Report on sanitation, dispensaries, and jails in Rajputana for 1919, and on vaccination for the year 1919-1920 - 1919-1920
Year: 1919
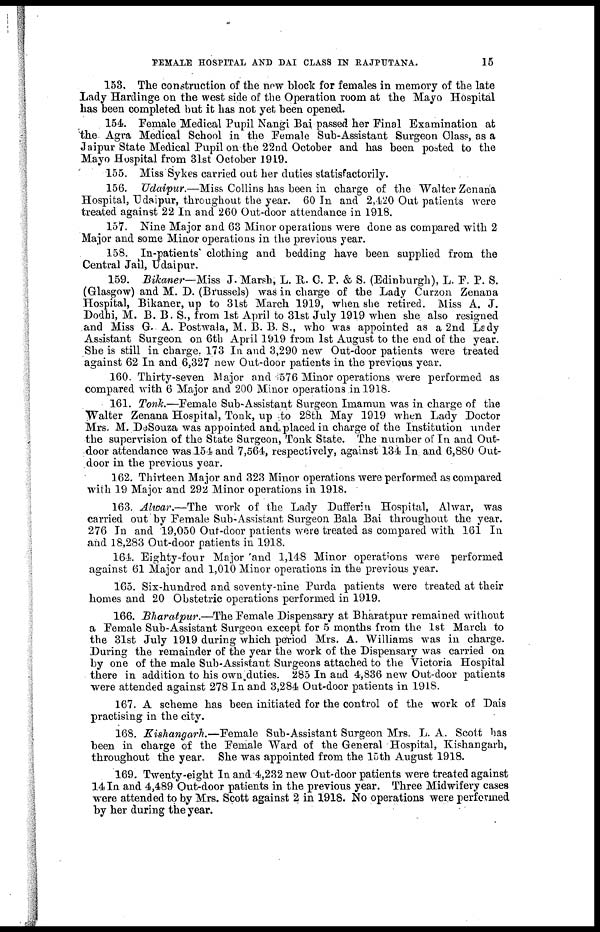
FEMALE HOSPITAL AND DAI CLASS IN RAJPUTANA.
15
153. The construction of the new block for females in memory of the late
Lady Hardinge on the west side of the Operation room at the Mayo Hospital
has been completed but it has not yet been opened.
154. Female Medical Pupil Nangi Bai passed her Final Examination at
the Agra Medical School in the Female Sub-Assistant Surgeon Class, as a
Jaipur State Medical Pupil on the 22nd October and has been posted to the
Mayo Hospital from 31st October 1919.
155. Miss Sykes carried out her duties statisfactorily.
156. Udaipur.—Miss Collins has been in charge of the Walter Zenana
Hospital, Udaipur, throughout the year. 60 In and 2,420 Out patients were
treated against 22 In and 260 Out-door attendance in 1918.
157. Nine Major and 63 Minor operations were done as compared with 2
Major and some Minor operations in the previous year.
158. In-patients clothing and bedding have been supplied from the
Central Jail, Udaipur.
159. Bikaner—Miss J. Marsh, L. R. C. P. & S. (Edinburgh), L. F. P. S.
(Glasgow) and M. D. (Brussels) was in charge of the Lady Curzon Zenana
Hospital, Bikaner, up to 31st March 1919, when she retired. Miss A. J.
Dodhi, M. B. B. S., from 1st April to 31st July 1919 when she also resigned
and Miss G. A. Postwala, M. B. B. S., who was appointed as a 2nd Lady
Assistant Surgeon on 6th April 1919 from 1st August to the end of the year.
She is still in charge. 173 In and 3,290 new Out-door patients were treated
against 62 In and 6,327 new Out-door patients in the previous year.
160. Thirty-seven Major and 576 Minor operations were performed as
compared with 6 Major and 200 Minor operations in 1918.
161. Tonk.—Female Sub-Assistant Surgeon Imamun was in charge of the
Walter Zenana Hospital, Tonk, up to 28th May 1919 when Lady Doctor
Mrs. M. DeSouza was appointed and, placed in charge of the Institution under
the supervision of the State Surgeon, Tonk State. The number of In and Out-
door attendance was 154 and 7,564, respectively, against 134 In and 6,880 Out-
door in the previous year.
162. Thirteen Major and 323 Minor operations were performed as compared
with 19 Major and 292 Minor operations in 1918.
163. Alwar.—The work of the Lady Dufferin Hospital, Alwar, was
carried out by Female Sub-Assistant Surgeon Bala Bai throughout the year.
276 In and 19,050 Out-door patients were treated as compared with 161 In
and 18,283 Out-door patients in 1918.
164. Eighty-four Major and 1,148 Minor operations were performed
against 61 Major and 1,010 Minor operations in the previous year.
165. Six-hundred and seventy-nine Purda patients were treated at their
homes and 20 Obstetric operations performed in 1919.
166. Bharatpur.—The Female Dispensary at Bharatpur remained without
a Female Sub-Assistant Surgeon except for 5 months from the 1st March to
the 31st July 1919 during which period Mrs. A. Williams was in charge.
During the remainder of the year the work of the Dispensary was carried on
by one of the male Sub-Assistant Surgeons attached to the Victoria Hospital
there in addition to his own duties. 285 In and 4,836 new Out-door patients
were attended against 278 In and 3,284 Out-door patients in 1918.
167. A scheme has been initiated for the control of the work of Dais
practising in the city.
168. Kishangarh.—Female Sub-Assistant Surgeon Mrs. L. A. Scott has
been in charge of the Female Ward of the General Hospital, Kishangarh,
throughout the year. She was appointed from the 15th August 1918.
169. Twenty-eight In and 4,232 new Out-door patients were treated against
14 In and 4,489 Out-door patients in the previous year. Three Midwifery cases
were attended to by Mrs. Scott against 2 in 1918. No operations were performed
by her during the year.